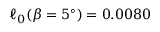
\ell _ { 0 } ( \beta = 5 ^ { \circ } ) = 0 . 0 0 8 0